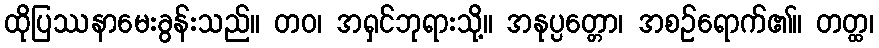
ထိုပြဿနာမေးခွန်းသည်။ တဝ၊ အရှင်ဘုရားသို့။ အနုပ္ပတ္တော၊ အစဉ်ရောက်၏။ တတ္ထ၊